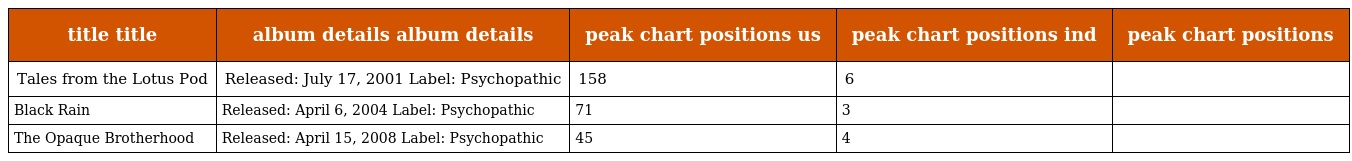
| title title | album details album details | peak chart positions us | peak chart positions ind | peak chart positions |
 | --- | --- | --- | --- | --- |
 | Tales from the Lotus Pod | Released: July 17, 2001 Label: Psychopathic | 158 | 6 |  |
 | Black Rain | Released: April 6, 2004 Label: Psychopathic | 71 | 3 |  |
 | The Opaque Brotherhood | Released: April 15, 2008 Label: Psychopathic | 45 | 4 |  |